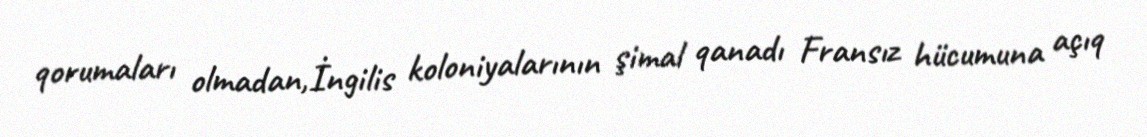
qorumaları olmadan,İngilis koloniyalarının şimal qanadı Fransız hücumuna açıq